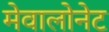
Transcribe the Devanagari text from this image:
मेवालोनेट